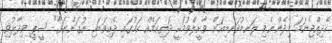
ހެދިއްޖެނަމަ މިދެންނެވި ލަނޑުދަނޑިއަށް ވާށީލްވުމަކީ ދަތިކަމެއް ކަމުގައި ދެކިވަޑައި ނުގަންނަވާ" ސީޕީ ވިދާޅުވި